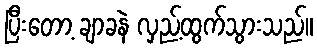
ပြီးတော့ ချာခနဲ လှည့်ထွက်သွားသည်။